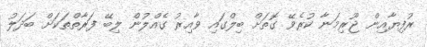
ރުފިޔާއިން ޖޫރިމަނާ ކުރެވޭ ގޮތަށް ބިލްގައި ވާއިރު ގެއްލުން ލިބޭ ފަރާތްތަކަށް ބަދަލު